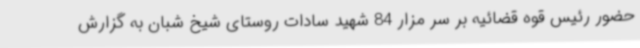
حضور رئیس قوه قضائیه بر سر مزار 84 شهید سادات روستای شیخ شبان به گزارش